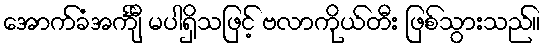
အောက်ခံအင်္ကျီ မပါရှိသဖြင့် ဗလာကိုယ်တီး ဖြစ်သွားသည်။